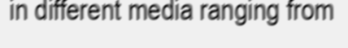
in different media ranging from